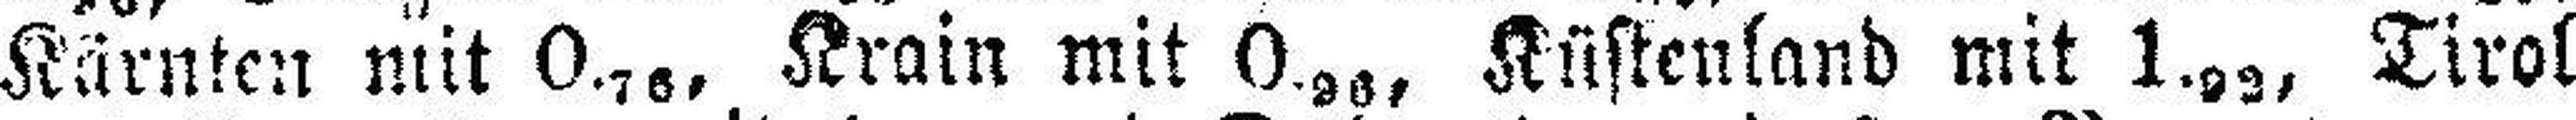
Kärnten mit 0.76, Krain mit 0.96, Küstenland mit 1.92, Tirol